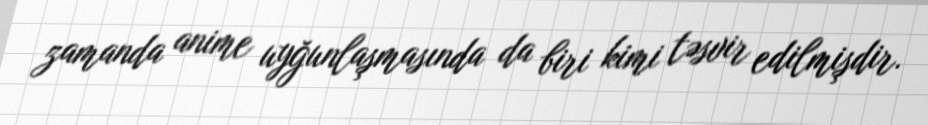
zamanda anime uyğunlaşmasında da biri kimi təsvir edilmişdir.